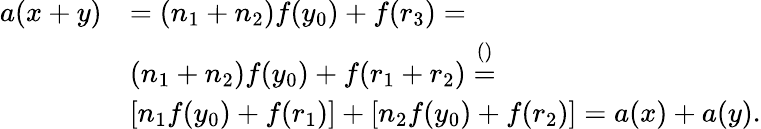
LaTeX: \begin{array}{rl}{a(x+y)}&{=(n_{1}+n_{2})f(y_{0})+f(r_{3})=}\\ {\quad}&{(n_{1}+n_{2})f(y_{0})+f(r_{1}+r_{2})\stackrel{()}{=}}\\ {\quad}&{[n_{1}f(y_{0})+f(r_{1})]+[n_{2}f(y_{0})+f(r_{2})]=a(x)+a(y).}\end{array}